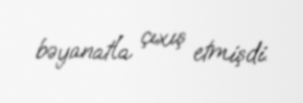
bəyanatla çıxış etmişdi.